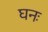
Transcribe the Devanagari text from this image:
घनः